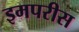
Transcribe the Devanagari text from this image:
इमपरीस